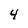
Character: 4